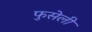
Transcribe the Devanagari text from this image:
फुसेली